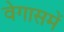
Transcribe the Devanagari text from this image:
वेगासमें